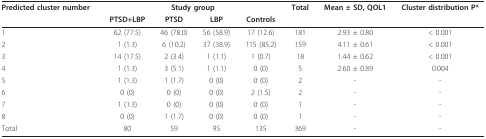
<table><thead><tr><td><b>Predicted cluster number</b></td><td colspan="4"><b>Study group</b></td><td><b>Total</b></td><td><b>Mean ± SD, QOL1</b></td><td><b>Cluster distribution P*</b></td></tr><tr><td></td><td><b>PTSD+LBP</b></td><td><b>PTSD</b></td><td><b>LBP</b></td><td><b>Controls</b></td><td></td><td></td><td></td></tr></thead><tbody><tr><td>1</td><td>62 (77.5)</td><td>46 (78.0)</td><td>56 (58.9)</td><td>17 (12.6)</td><td>181</td><td>2.93 ± 0.80</td><td>&lt; 0.001</td></tr><tr><td>2</td><td>1 (1.3)</td><td>6 (10.2)</td><td>37 (38.9)</td><td>115 (85.2)</td><td>159</td><td>4.11 ± 0.61</td><td>&lt; 0.001</td></tr><tr><td>3</td><td>14 (17.5)</td><td>2 (3.4)</td><td>1 (1.1)</td><td>1 (0.7)</td><td>18</td><td>1.44 ± 0.62</td><td>&lt; 0.001</td></tr><tr><td>4</td><td>1 (1.3)</td><td>3 (5.1)</td><td>1 (1.1)</td><td>0 (0)</td><td>5</td><td>2.60 ± 0.89</td><td>0.004</td></tr><tr><td>5</td><td>1 (1.3)</td><td>1 (1.7)</td><td>0 (0)</td><td>0 (0)</td><td>2</td><td>-</td><td>-</td></tr><tr><td>6</td><td>0 (0)</td><td>0 (0)</td><td>0 (0)</td><td>2 (1.5)</td><td>2</td><td>-</td><td>-</td></tr><tr><td>7</td><td>1 (1.3)</td><td>0 (0)</td><td>0 (0)</td><td>0 (0)</td><td>1</td><td>-</td><td>-</td></tr><tr><td>8</td><td>0 (0)</td><td>1 (1.7)</td><td>0 (0)</td><td>0 (0)</td><td>1</td><td>-</td><td>-</td></tr><tr><td>Total</td><td>80</td><td>59</td><td>95</td><td>135</td><td>369</td><td>-</td><td>-</td></tr></tbody></table>